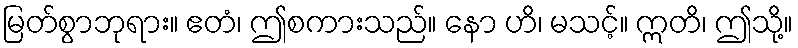
မြတ်စွာဘုရား။ ဧတံ၊ ဤစကားသည်။ နော ဟိ၊ မသင့်။ ဣတိ၊ ဤသို့။